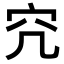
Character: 𥤤